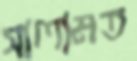
সালামত